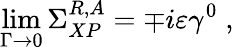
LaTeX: \operatorname*{lim}_{\Gamma\rightarrow 0}\Sigma_{XP}^{R,A}=\mp i\varepsilon\gamma^{0}\; ,